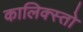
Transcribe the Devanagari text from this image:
कालिक्स्तो